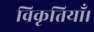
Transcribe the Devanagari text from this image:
विकृतियाँ।